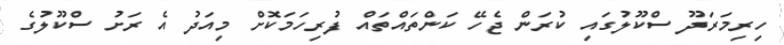
ހިރިމަރަދޫ ސްކޫލުގައި ކުރަން ޖެހޭ ކަންތައްތައް ފުރިހަމަކޮށް މިއަދު އެ ރަށު ސްކޫލުގެ